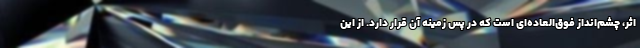
اثر، چشم‌انداز فوق‌العاده‌ای است که در پس زمینه آن قرار دارد. از این